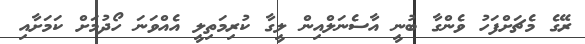
ރޭގެ މެޗަށްފަހު ވެންގާ ބުނީ އާސެނަލްއިން ލީގާ ކުރިމަތިލީ އެއްވަނަ ހޯދުމަށް ކަމަށާއި